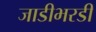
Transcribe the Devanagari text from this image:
जाडीभरडी